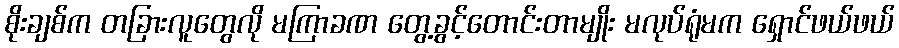
စိုးချစ်က တခြားလူတွေလို မကြာခဏ တွေ့ခွင့်တောင်းတာမျိုး မလုပ်ရုံမက ရှောင်ဖယ်ဖယ်